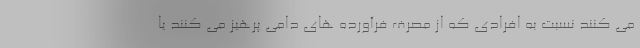
می کنند نسبت به افرادی که از مصرف فرآورده های دامی پرهیز می کنند یا